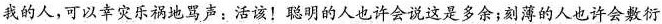
我的人，可以幸灾乐祸地骂声：活该！聪明的人也许会说这是多余；刻薄的人也许会敷衍